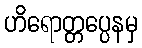
ဟိရောတ္တပ္ပေနမှ